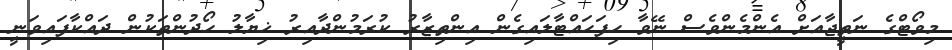
މިވޯޓްގެ ނަތީޖާއަށް އެންމެންވެސް ނޭވާ ހިފަހައްޓާލައިގެން އިންތިޒާރު ކުރަމުންދާއިރު ޚިޔާލު ހޯދުންތަކުން ދައްކާފައިވަނީ